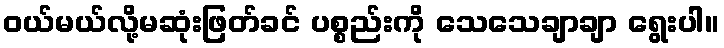
ဝယ်မယ်လို့မဆုံးဖြတ်ခင် ပစ္စည်းကို သေသေချာချာ ရွေးပါ။